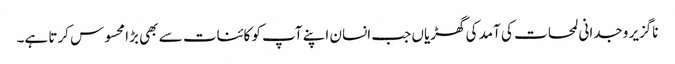
ناگزیر وجدانی لمحات کی آمد کی گھڑیاں جب انسان اپنے آپ کو کائنات سے بھی بڑا محسوس کرتا ہے۔